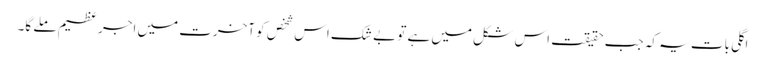
اگلی بات یہ کہ جب حقیقت اس شکل میں ہے تو بے شک اس شخص کو آخرت میں اجر عظیم ملے گا۔